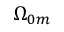
\Omega _ { 0 m }